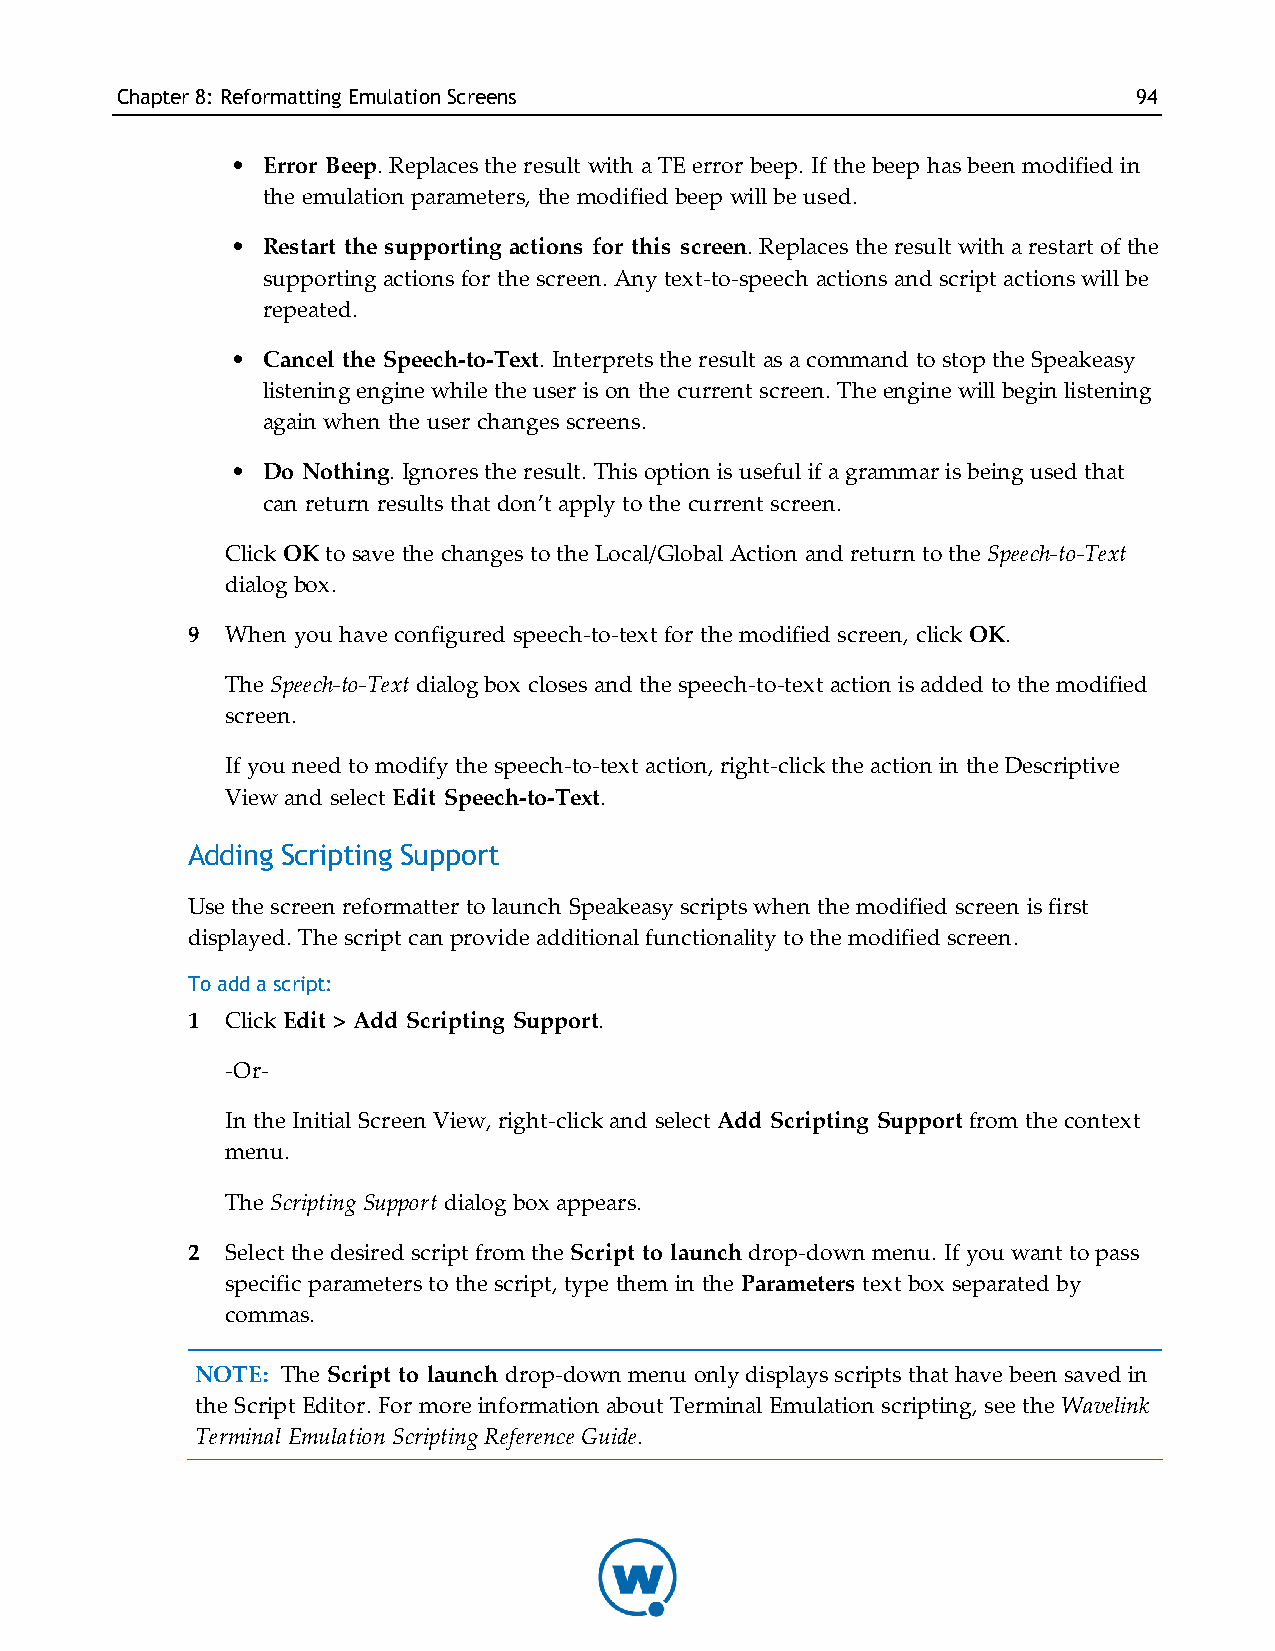
Chapter8: Reformatting EmulationScreens                            94
 • Error Beep. Replaces the result with a TE error beep. If the beep has been modified in
 the emulation parameters, the modified beep will be used.
 • Restart the supporting actions for this screen. Replaces the result with a restart of the
 supporting actions for the screen. Any text-to-speech actions and script actions will be
 repeated.
 • Cancel the Speech-to-Text. Interprets the result as a command to stop the Speakeasy
 listening engine while the user is on the current screen. The engine will begin listening
 again when the user changes screens.
 • Do Nothing. Ignores the result. This option is useful if a grammar is being used that
 can return results that don’t apply to the current screen.
 Click OK to save the changes to the Local/Global Action and return to the Speech-to-Text
 dialog box.
 9  When you have configured speech-to-text for the modified screen, click OK.
 The Speech-to-Text dialog box closes and the speech-to-text action is added to the modified
 screen.
 If you need to modify the speech-to-text action, right-click the action in the Descriptive
 View and select Edit Speech-to-Text.
 Adding Scripting Support
 Use the screen reformatter to launch Speakeasy scripts when the modified screen is first
 displayed. The script can provide additional functionality to the modified screen.
 To add a script:
 1  Click Edit > Add Scripting Support.
 -Or-
 In the Initial Screen View, right-click and select Add Scripting Support from the context
 menu.
 The Scripting Support dialog box appears.
 2  Select the desired script from the Script to launch drop-down menu. If you want to pass
 specific parameters to the script, type them in the Parameters text box separated by
 commas.
 NOTE: The Script to launch drop-down menu only displays scripts that have been saved in
 the Script Editor. For more information about Terminal Emulation scripting, see the Wavelink
 Terminal Emulation Scripting Reference Guide.